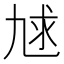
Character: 𰁇